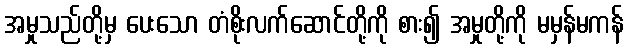
အမှုသည်တို့မှ ပေးသော တံစိုးလက်ဆောင်တို့ကို စား၍ အမှုတို့ကို မမှန်မကန်